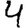
Digit: 4